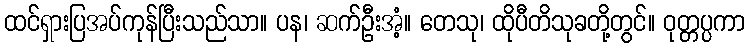
ထင်ရှားပြအပ်ကုန်ပြီးသည်သာ။ ပန၊ ဆက်ဦးအံ့။ တေသု၊ ထိုပီတိသုခတို့တွင်။ ဝုတ္တပ္ပကာ